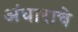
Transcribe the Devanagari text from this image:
अंधाराचे